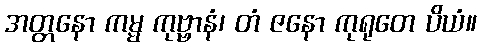
အတ္တနော ကမ္မ ကုဗ္ဗာနံ၊ တံ ဇနော ကုရုတေ ပိယံ။